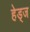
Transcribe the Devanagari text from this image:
हेड्ज